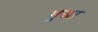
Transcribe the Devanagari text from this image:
मुखऱ